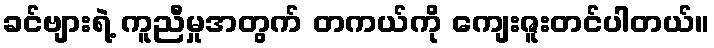
ခင်ဗျားရဲ့ ကူညီမှုအတွက် တကယ်ကို ကျေးဇူးတင်ပါတယ်။